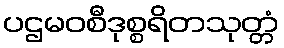
ပဌမဝစီဒုစ္စရိတသုတ္တံ